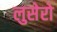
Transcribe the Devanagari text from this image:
लुसेरो